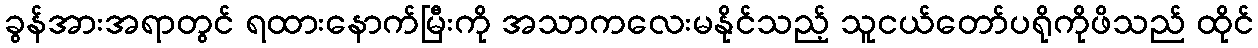
ခွန်အားအရာတွင် ရထားနောက်မြီးကို အသာကလေးမနိုင်သည့် သူငယ်တော်ပရိုကိုဖိသည် ထိုင်